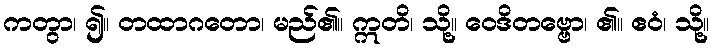
ကတွာ၊ ၍။ တထာဂတော၊ မည်၏။ ဣတိ၊ သို့။ ဝေဒိတဗ္ဗော၊ ၏။ ဧဝံ၊ သို့။